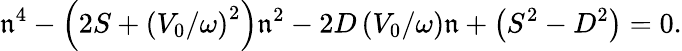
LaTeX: \mathfrak{n}^{4}-\left(2S+\left(V_{0}/\omega\right)^{2}\right)\mathfrak{n}^{2}-2D\left(V_{0}/\omega\right)\mathfrak{n}+\left(S^{2}-D^{2}\right)=0.